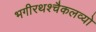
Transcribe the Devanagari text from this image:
भगीरथश्चैकलव्यो